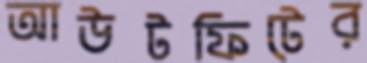
আউটফিটের